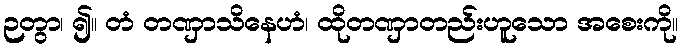
ဉတွာ၊ ၍။ တံ တဏှာသိနေဟံ၊ ထိုတဏှာတည်းဟူသော အစေးကို။